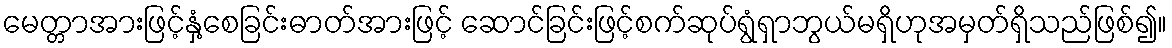
မေတ္တာအားဖြင့်နှံ့စေခြင်းဓာတ်အားဖြင့် ဆောင်ခြင်းဖြင့်စက်ဆုပ်ရွံရှာဘွယ်မရှိဟုအမှတ်ရှိသည်ဖြစ်၍။